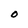
Character: O